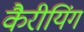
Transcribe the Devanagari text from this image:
कैरीयिंग